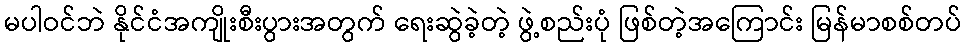
မပါဝင်ဘဲ နိုင်ငံအကျိုးစီးပွားအတွက် ရေးဆွဲခဲ့တဲ့ ဖွဲ့စည်းပုံ ဖြစ်တဲ့အကြောင်း မြန်မာစစ်တပ်